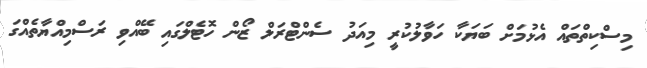
މިސްކިތްތައް އެޅުމަށް ބަޔަކާ ހަވާލުކުރީ މިއަދު ސެންޓްރަލް ޒޯން ހޮޓެލްގައި ބޭއްވި ރަސްމިއްޔާތެއްގަ